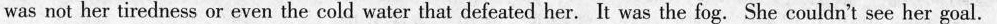
was not her tiredness or even the cold water that defeated her. It was the fog.She couldn't see her goal.